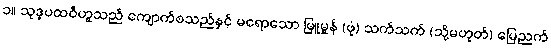
၁။ သုဒ္ဓပထဝီဟူသည် ကျောက်စသည်နှင့် မရောသော မြူမှုန် (ဖုံ) သက်သက် (သို့မဟုတ်) မြေညက်